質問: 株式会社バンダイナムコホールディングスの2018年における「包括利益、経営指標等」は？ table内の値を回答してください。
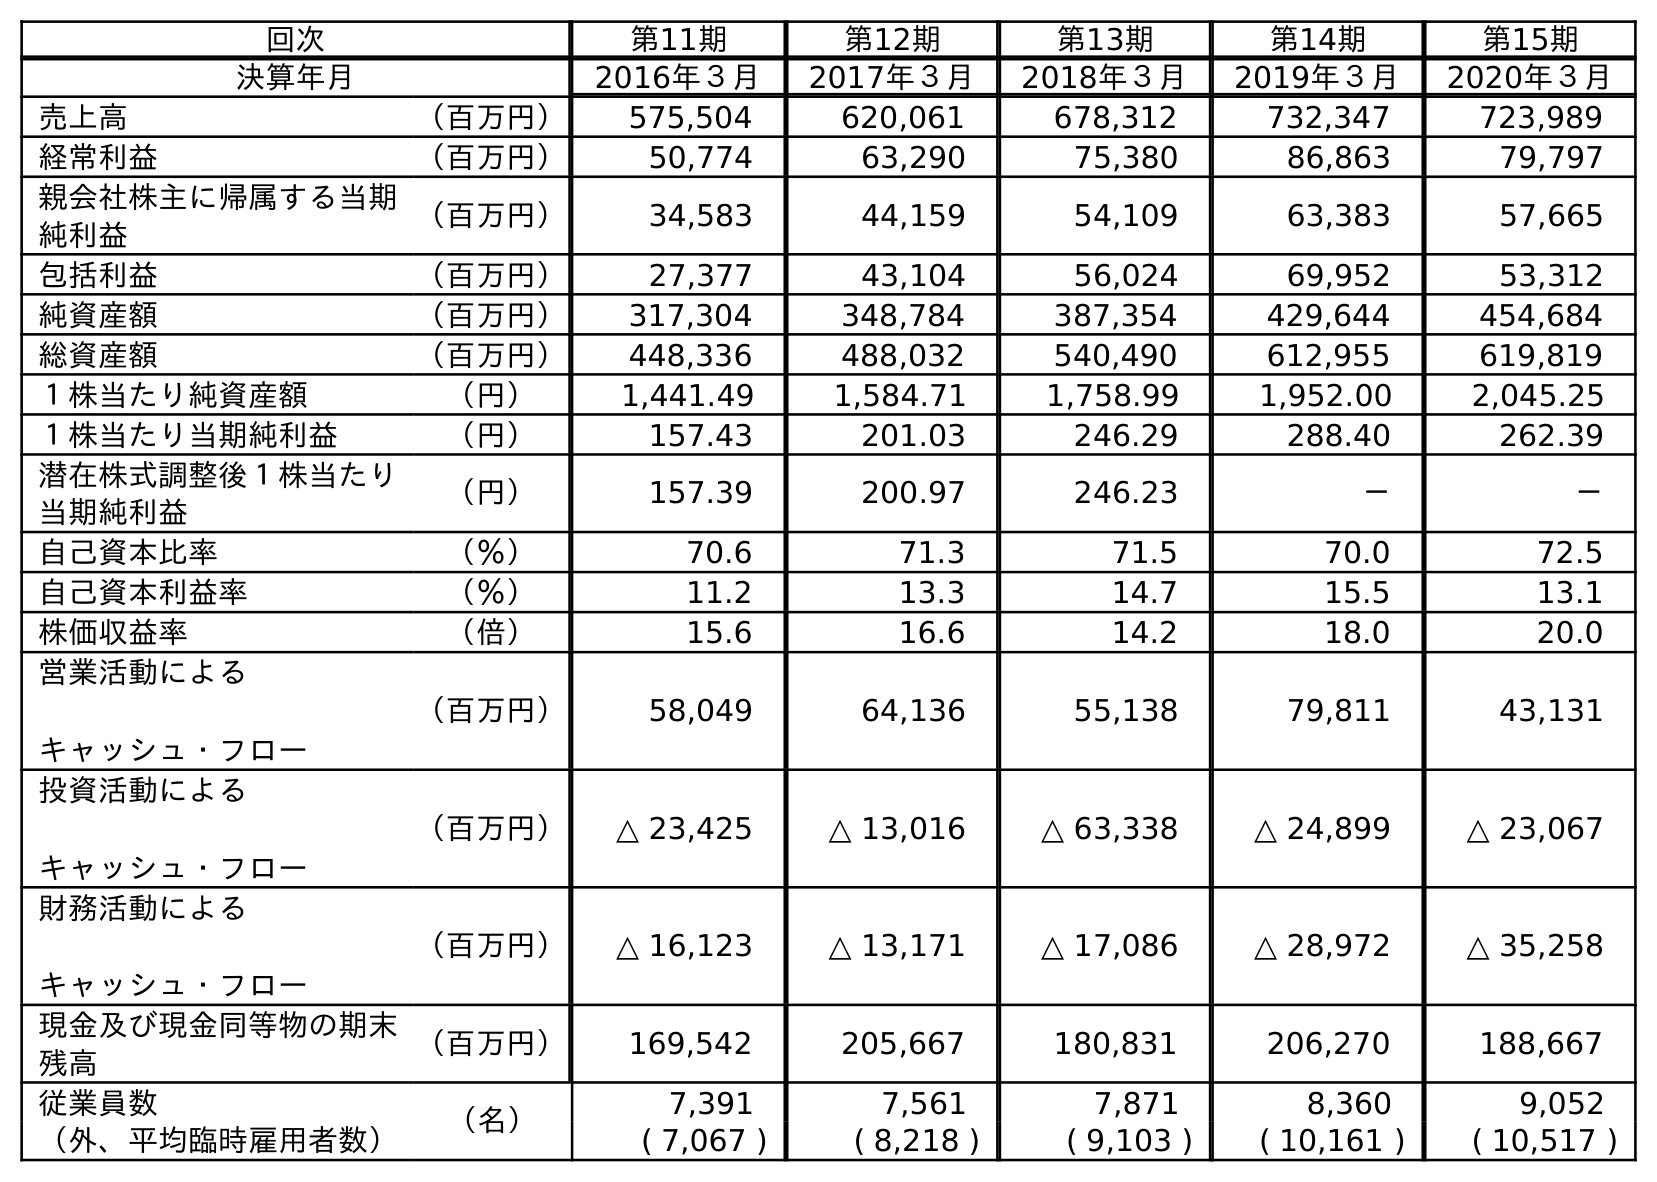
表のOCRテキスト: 回次 第11期 第12期 第13期 第14期 第15期 決算年月 2016年３月 2017年３月 2018年３月 2019年３月 2020年３月 売上高 （百万円） 575,504 620,061 678,312 732,347 723,989 経常利益 （百万円） 50,774 63,290 75,380 86,863 79,797 親会社株主に帰属する当期 純利益 （百万円） 34,583 44,159 54,109 63,383 57,665 包括利益 （百万円） 27,377 43,104 56,024 69,952 53,312 純資産額 （百万円） 317,304 348,784 387,354 429,644 454,684 総資産額 （百万円） 448,336 488,032 540,490 612,955 619,819 １株当たり純資産額 （円） 1,441.49 1,584.71 1,758.99 1,952.00 2,045.25 １株当たり当期純利益 （円） 157.43 201.03 246.29 288.40 262.39 潜在株式調整後１株当たり 当期純利益 （円） 157.39 200.97 246.23 － － 自己資本比率 （％） 70.6 71.3 71.5 70.0 72.5 自己資本利益率 （％） 11.2 13.3 14.7 15.5 13.1 株価収益率 （倍） 15.6 16.6 14.2 18.0 20.0 営業活動による キャッシュ・フロー （百万円） 58,049 64,136 55,138 79,811 43,131 投資活動による キャッシュ・フロー （百万円） △ 23,425 △ 13,016 △ 63,338 △ 24,899 △ 23,067 財務活動による キャッシュ・フロー （百万円） △ 16,123 △ 13,171 △ 17,086 △ 28,972 △ 35,258 現金及び現金同等物の期末 残高 （百万円） 169,542 205,667 180,831 206,270 188,667 従業員数 （名） 7,391 7,561 7,871 8,360 9,052 （外、平均臨時雇用者数） ( 7,067 ) ( 8,218 ) ( 9,103 ) ( 10,161 ) ( 10,517 )
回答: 56,024